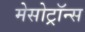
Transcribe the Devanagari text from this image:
मेसोट्रॉन्स